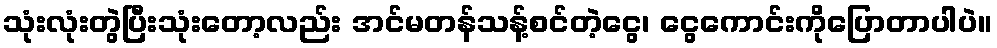
သုံးလုံးတွဲပြီးသုံးတော့လည်း အင်မတန်သန့်စင်တဲ့ငွေ၊ ငွေကောင်းကိုပြောတာပါပဲ။